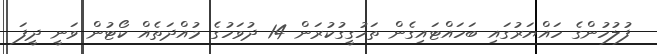
ފުލުހުންގެ ހައްޔަރުގައި ބަހައްޓައިގެން ތަހުގީގުކުރަން 14 ދުވަހުގެ މުއްދަތެއް ކޯޓުން ވަނީ ދީފަ